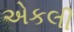
એકલી